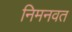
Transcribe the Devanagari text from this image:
निमनवत